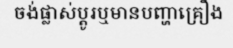
ចង់ផ្លាស់ប្តូរឬមានបញ្ហាគ្រឿង